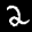
Label: 2